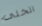
اتخلى